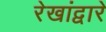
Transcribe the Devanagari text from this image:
रेखांद्वारे